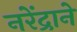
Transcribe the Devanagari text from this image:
नरेंद्राने